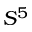
S ^ { 5 }